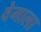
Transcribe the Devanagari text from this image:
वेगाला